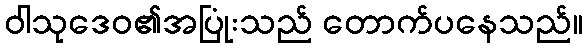
ဝါသုဒေဝ၏အပြုံးသည် တောက်ပနေသည်။